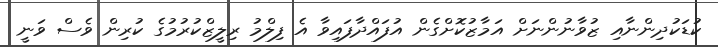
ކުޑަކުދިންނާއި ޒުވާނުންނަށް އަމާޒުކޮށްގެން އުފައްދާފައިވާ އެ ފިލްމު ރިލީޒްކުރުމުގެ ކުރިން ވެސް ވަނީ